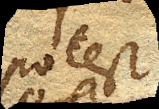
potest